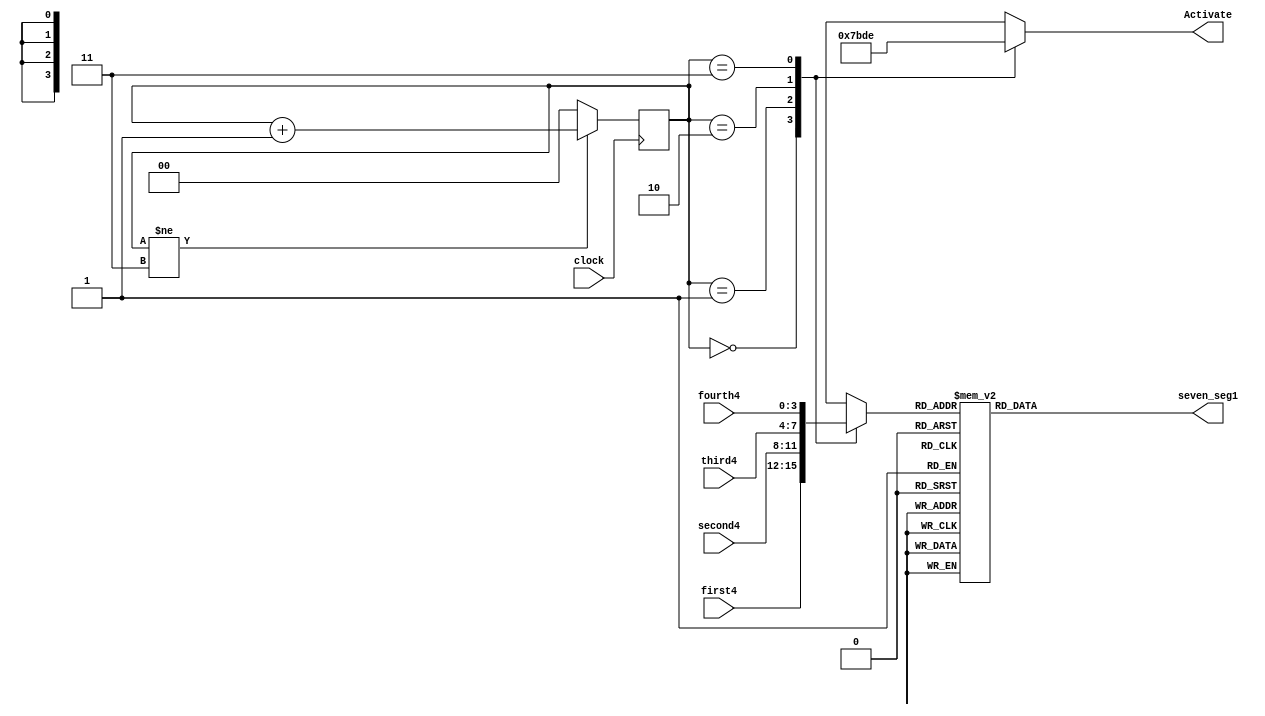
`timescale 1ns / 1ps
//////////////////////////////////////////////////////////////////////////////////
// Company: 
// Engineer: 
// 
// Design Name: 
// Module Name: led_segment
// Project Name: 
// Target Devices: 
// Tool Versions: 
// Description: 
// 
// Dependencies: 
// 
// Revision:
// Revision 0.01 - File Created
// Additional Comments:
// 
//////////////////////////////////////////////////////////////////////////////////


module led_segment(
    input clock,
    input [3:0] first4,
    input [3:0] second4,
    input [3:0] third4,
    input [3:0] fourth4,
    output reg [6:0] seven_seg1,   
    output reg [3:0] Activate

); 
    reg [3:0] in_num = 3'b000;
    reg [1:0] counter = 2'b00;
 
    always @(posedge clock)
    begin
       if (counter != 2'b11)
            counter <= counter+1;
       else counter <= 2'b00;
    end

    always @(*)
    begin
        case(counter)
        2'b00: begin
            Activate = 4'b0111;
            in_num = first4;
            // activate LED1 and Deactivate LED2, LED3, LED4
            end
        2'b01: begin             
            Activate = 4'b1011;
                // activate LED1 and Deactivate LED2, LED3, LED4
            in_num = second4;    
            end        
        2'b10: begin
            Activate = 4'b1101;
            in_num = third4;   
            end
        2'b11: begin
            Activate = 4'b1110;
            in_num = fourth4;
            end                                
        endcase
    end

    always @(in_num)
    begin
        //activate <= 4'b1110; 
        case (in_num)
             4'b0000 : seven_seg1 <= 7'b0000001;      
             4'b0001 : seven_seg1 <= 7'b1001111;  
             4'b0010 : seven_seg1 <= 7'b0010010;  
             4'b0011 : seven_seg1 <= 7'b0000110;  
             4'b0100 : seven_seg1 <= 7'b1001100;  
             4'b0101 : seven_seg1 <= 7'b0100100; 
             4'b0110 : seven_seg1 <= 7'b0100000;  
             4'b0111 : seven_seg1 <= 7'b0001111;  
             4'b1000 : seven_seg1 <= 7'b0000000;     
             4'b1001 : seven_seg1 <= 7'b0000100;  
             4'b1010 : seven_seg1 <= 7'b0000010; 
             4'b1011 : seven_seg1 <= 7'b1100000; 
             4'b1100 : seven_seg1 <= 7'b0110001; 
             4'b1101 : seven_seg1 <= 7'b1000010; 
             4'b1110 : seven_seg1 <= 7'b0110000; 
             4'b1111 : seven_seg1 <= 7'b0111000; 
        endcase
    end

endmodule